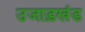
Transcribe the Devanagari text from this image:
उजाड़खंड